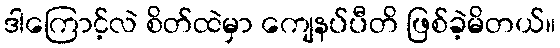
ဒါကြောင့်လဲ စိတ်ထဲမှာ ကျေနပ်ပီတိ ဖြစ်ခဲ့မိတယ်။